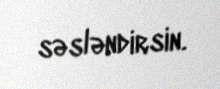
səsləndirsin.